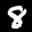
Label: 8